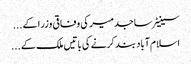
سینیٹر ساجد میر کی وفاقی وزرا کے ...
اسلام آباد بند کرنے کی باتیں ملک کے ...